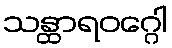
သန္ထာရဝဂ္ဂေါ